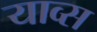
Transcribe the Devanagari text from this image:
याव्स